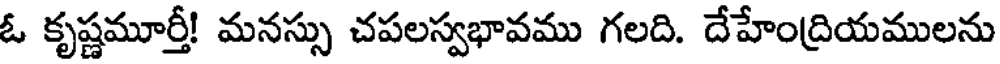
ఓ కృష్ణమూర్తీ! మనస్సు చపలస్వభావము గలది. దేహేంద్రియములను